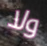
ولا